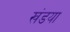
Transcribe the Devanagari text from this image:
खंडया